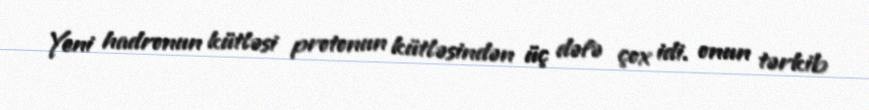
Yeni hadronun kütləsi protonun kütləsindən üç dəfə çox idi. onun tərkib